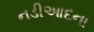
નડીઆદના